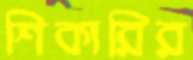
শিকারির